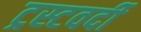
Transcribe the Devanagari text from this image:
ट्रस्टवर्दी